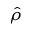
\hat { \rho }